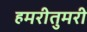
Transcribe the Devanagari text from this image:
हमरीतुमरी